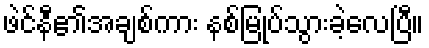
ဖဲင်နီ၏အချစ်ကား နစ်မြုပ်သွားခဲ့လေပြီ။